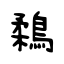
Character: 鶔